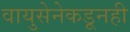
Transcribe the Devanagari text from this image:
वायुसेनेकडूनही